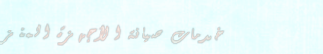
خدمات صيانة الأجهزة المنز